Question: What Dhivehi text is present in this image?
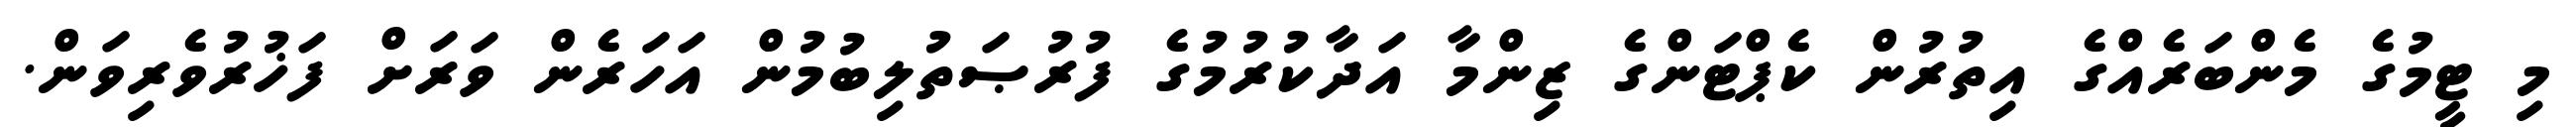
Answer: މި ޓީމުގެ މެންބަރެއްގެ އިތުރުން ކެޕްޓަންގެ ޒިންމާ އަދާކުރުމުގެ ފުރުޞަތުލިބުމުން އަހަރެން ވަރަށް ފަޚުރުވެރިވަން.